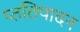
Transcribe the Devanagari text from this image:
प्ततिपादन